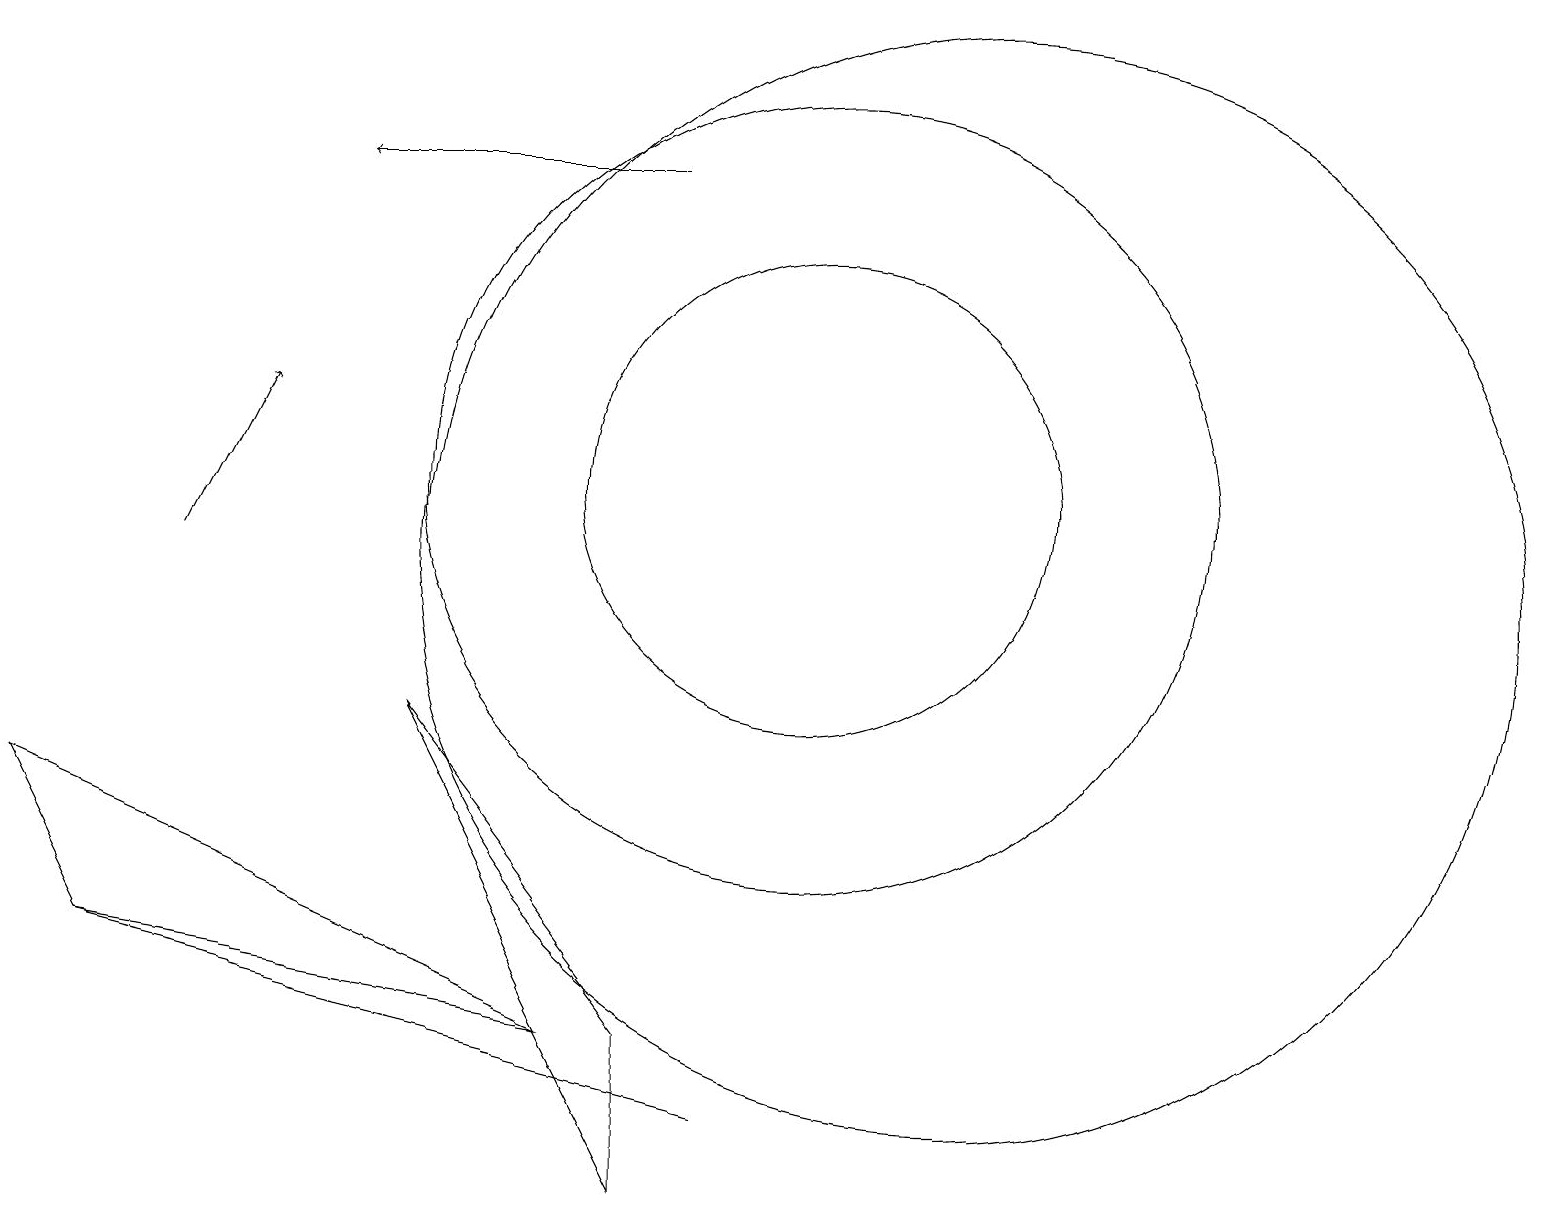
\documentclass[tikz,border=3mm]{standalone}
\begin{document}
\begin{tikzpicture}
\draw[->] (8,15) -- (4,15);
\draw[->] (2,10) -- (3,12);
\draw (7,4) -- (0,7) -- (1,5) -- cycle;
\draw (8,2) -- (8,4) -- (5,8) -- cycle;
\draw (10,11) circle (5);
\draw (10,11) circle (3);
\draw (9,3) -- (9,3) -- (1,5) -- cycle;
\draw (12,10) circle (7);
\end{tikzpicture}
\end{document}